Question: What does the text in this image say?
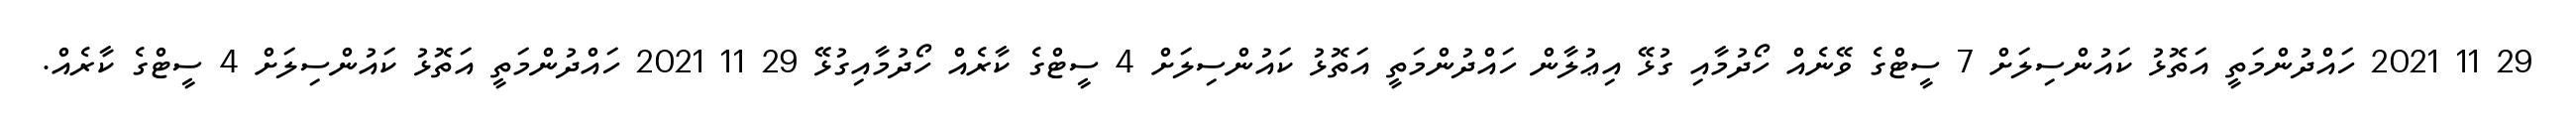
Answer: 29 11 2021 ހައްދުންމަތީ އަތޮޅު ކައުންސިލަށް 7 ސީޓްގެ ވޭނެއް ހޯދުމާއި ގުޅޭ އިޢުލާން ހައްދުންމަތީ އަތޮޅު ކައުންސިލަށް 4 ސީޓްގެ ކާރެއް ހޯދުމާއިގުޅޭ 29 11 2021 ހައްދުންމަތީ އަތޮޅު ކައުންސިލަށް 4 ސީޓްގެ ކާރެއް.